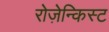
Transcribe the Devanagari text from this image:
रोज़ेन्किस्ट